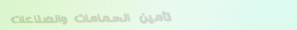
تأمين الحمامات والصناعات